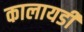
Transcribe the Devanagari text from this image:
कालायडी